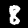
Digit: 8